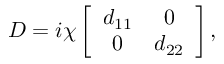
D = i \chi \left[ \begin{array} { c c } { d _ { 1 1 } } & { 0 } \\ { 0 } & { d _ { 2 2 } } \end{array} \right] ,